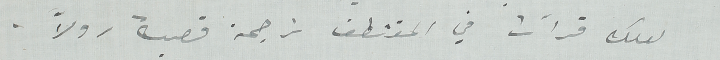
لعلك قرأت في المقتطف ترجمة قصة رولاً.